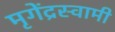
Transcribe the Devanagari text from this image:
मृगेंद्रस्वामी